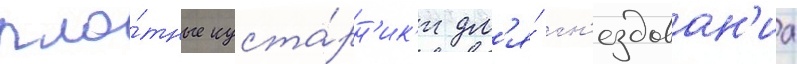
пло́тные куста́рн'ик'и дл'я́ гн'ездован'иа